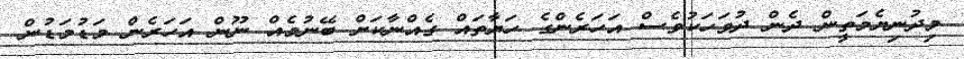
މިދުނިޔެމަތީން ދެން ދުވަހަކުވެސް އަހަރެންގެ ހަޔާތައް ގެއްނާކަށް ބޭނުމެއް ނޫން އަހަރެން މަޑުމަޑުން